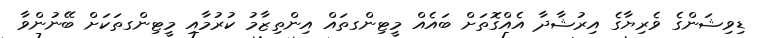
ޑިވިޝަންގެ ވެރިޔާގެ އިރުޝާދާ އެއްގޮތަށް ބައެއް މީޓިންގތައް އިންތިޒާމު ކުރުމާއި މީޓިންގތަކަށް ބޭނުންވާ